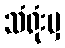
သံရုံးမှ